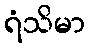
ရံသိမာ